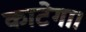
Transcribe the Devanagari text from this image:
काटेगा।